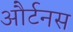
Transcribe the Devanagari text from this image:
और्टनस